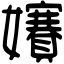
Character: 𡤐